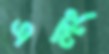
এলং